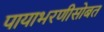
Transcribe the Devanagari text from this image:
पायाभरणीसोबत